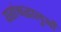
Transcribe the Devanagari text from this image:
यहांश्रद्धालुओं